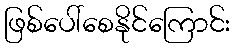
ဖြစ်ပေါ်စေနိုင်ကြောင်း